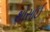
થોસાઈ